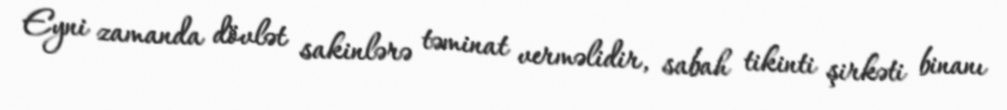
Eyni zamanda dövlət sakinlərə təminat verməlidir, sabah tikinti şirkəti binanı